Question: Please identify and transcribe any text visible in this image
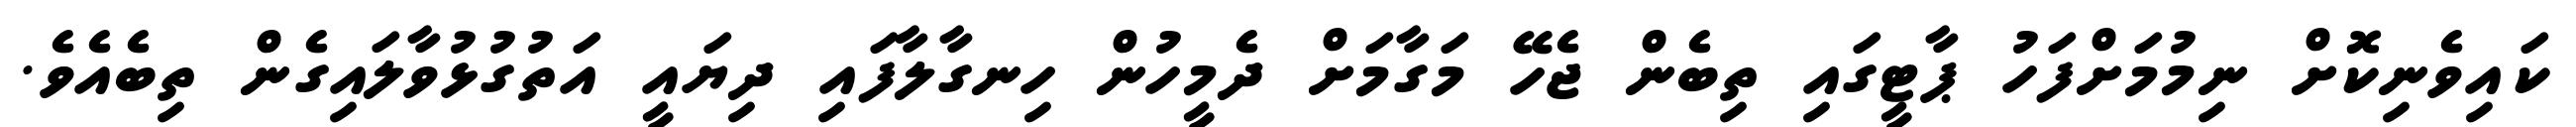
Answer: ކައިވެނިކޮށް ނިމުމަށްފަހު ޕާޓީގައި ތިބެން ޖެހޭ މަގާމަށް ދެމީހުން ހިނގާލާފައި ދިޔައީ އަތުގުޅުވާލައިގެން ތިބެއެވެ.